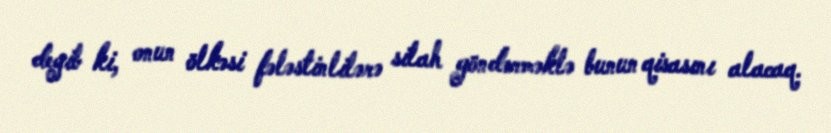
deyib ki, onun ölkəsi fələstinlilərə silah göndərməklə bunun qisasını alacaq.